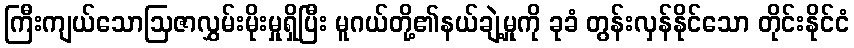
ကြီးကျယ်သောဩဇာလွှမ်းမိုးမှုရှိပြီး မူဂယ်တို့၏နယ်ချဲ့မှုကို ခုခံ တွန်းလှန်နိုင်သော တိုင်းနိုင်ငံ